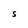
Character: S